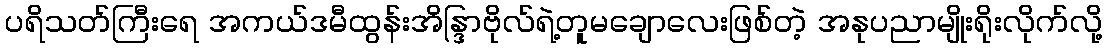
ပရိသတ်ကြီးရေ အကယ်ဒမီထွန်းအိန္ဒြာဗိုလ်ရဲ့တူမချောလေးဖြစ်တဲ့ အနုပညာမျိုးရိုးလိုက်လို့